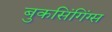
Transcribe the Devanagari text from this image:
बुकसिंगिंग्स